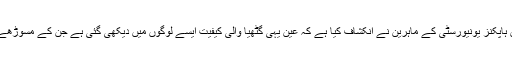
لیکن اب جان ہاپکنز یونیورسٹی کے ماہرین نے انکشاف کیا ہے کہ عین یہی گٹھیا والی کیفیت ایسے لوگوں میں دیکھی گئی ہے جن کے مسوڑھے متاثر تھے۔